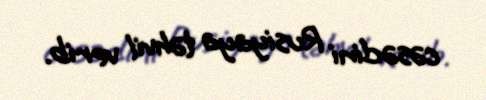
cəsədini Rusiyaya təhvil verib.